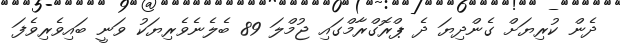
ދެން ކުރިޔަށް ގެންދިޔަ ދެ ޕްރޮގްރާމްގައި ޖުމްލަ 89 ބެލެނެވެރިޔަކު ވަނީ ބައިވެރިވެފަ